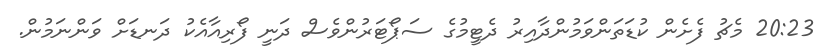
20:23 މެޗު ފެށެން ކުޑަތަންވަމުންދާއިރު ދެޓީމުގެ ސަޕޯޓަރުންވެސް ދަނީ ފޯރިއާއެކު ދަނޑަށް ވަންނަމުން.